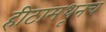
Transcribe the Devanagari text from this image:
हीटामधूनच